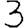
Digit: 3